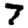
Digit: 7